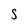
Character: S